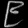
Digit: ၉